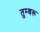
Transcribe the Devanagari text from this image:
तुम्बरू